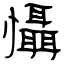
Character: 懾